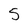
Character: 5